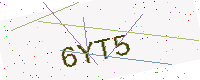
Text: 6YT5